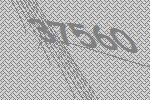
37560